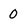
Character: 0